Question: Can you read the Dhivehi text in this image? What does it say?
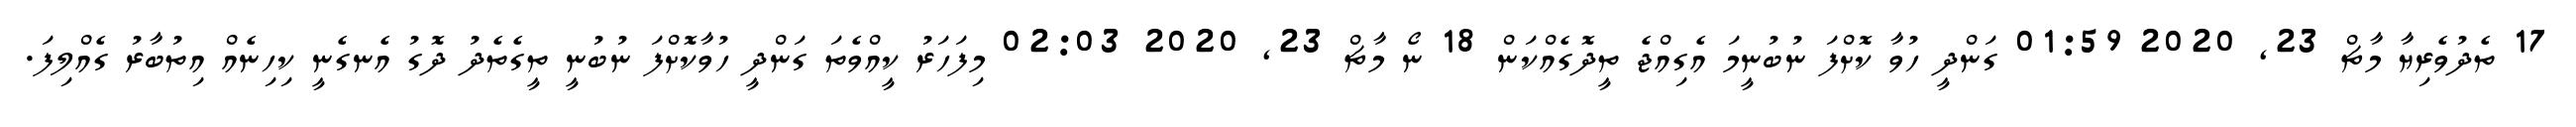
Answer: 17 ތެދުވެރިޔާ މާޗް 23, 2020 01:59 ގަންދީ ހުވާ ކޮށްފަ ނުބުނީމަ އެގިއްޖެ ތީދޮގެއްކަން 18 ނޯ މާޗް 23, 2020 02:03 މިފަހަރު ކީއްވެތަ ގަންދީ ހުވާކޮށްފަ ނުބުނީ ތީގެތެދު ދޮގު އެނގެނީ ކިހިނެއް އިތުބާރު ގެއްލިފަ.